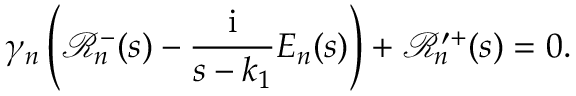
\gamma _ { n } \left( \mathcal { R } _ { n } ^ { - } ( s ) - \frac { \mathrm { i } } { s - k _ { 1 } } E _ { n } ( s ) \right) + \mathcal { R } _ { n } ^ { \prime + } ( s ) = 0 .